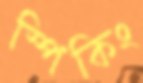
স্পিকিং